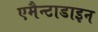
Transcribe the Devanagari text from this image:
एमैन्टाडाइन